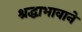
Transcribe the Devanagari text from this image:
श्रद्धाभावाने